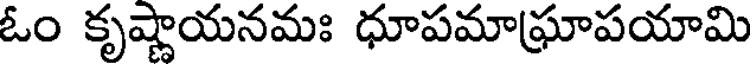
ఓం కృష్ణాయనమః ధూపమాఘ్రాపయామి